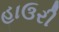
હાઉરી